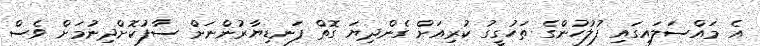
އެ މައްސަލައިގައި ފުލުހުންގެ ތަހުގީގު ކުރިއަށް ގެންދިޔަ ގޮތް ފަނޑިޔާރުންނަށް ސާފުކޮށްދިނުމަށް ވެސް